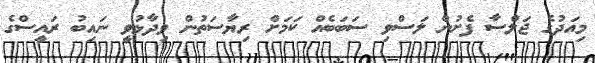
މިއަދުގެ ޖަލްސާ ފެށުން ލަސްވި ސަބަބެއް ކަމަށް ރިޔާސަތުން ވިދާޅުވީ ނައިބު ރައީސްގެ